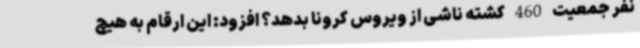
نفر جمعیت 460 کشته ناشی از ویروس کرونا بدهد؟ افزود: این ارقام به هیچ